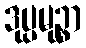
ဒုပ္ပမုဉ္စာ